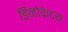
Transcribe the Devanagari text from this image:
डिनोक्रेटस